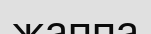
жаппа